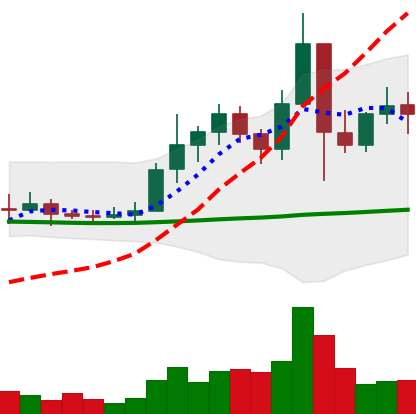
Ticker: ETC-USD
Chart end date: 2021-01-15
Forward return: 4.251%
Label: up_3_5